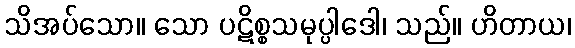
သိအပ်သော။ သော ပဋိစ္စသမုပ္ပါဒေါ၊ သည်။ ဟိတာယ၊